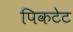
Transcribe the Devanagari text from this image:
पिकटेट